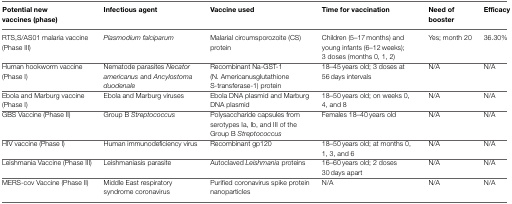
<table><thead><tr><td><b>Potential new vaccines (phase)</b></td><td><b>Infectious agent</b></td><td><b>Vaccine used</b></td><td><b>Time for vaccination</b></td><td><b>Need of booster</b></td><td><b>Efficacy</b></td></tr></thead><tbody><tr><td>RTS, S/AS01 malaria vaccine (Phase III)</td><td><i>Plasmodium falciparum</i></td><td>Malarial circumsporozoite (CS) protein</td><td>Children (5–17 months) and young infants (6–12 weeks); 3 doses (months 0, 1, 2)</td><td>Yes; month 20</td><td>36.30%</td></tr><tr><td>Human hookworm vaccine (Phase I)</td><td>Nematode parasites <i>Necator americanus</i> and <i>Ancylostoma duodenale</i></td><td>Recombinant Na-GST-1 (N. Americanusglutathione S-transferase-1) protein</td><td>18–45 years old; 3 doses at 56 days intervals</td><td>N/A</td><td>N/A</td></tr><tr><td>Ebola and Marburg vaccine (Phase I)</td><td>Ebola and Marburg viruses</td><td>Ebola DNA plasmid and Marburg DNA plasmid</td><td>18–50 years old; on weeks 0, 4, and 8</td><td>N/A</td><td>N/A</td></tr><tr><td>GBS Vaccine (Phase II)</td><td>Group B <i>Streptococcus</i></td><td>Polysaccharide capsules from serotypes Ia, Ib, and III of the Group B <i>Streptococcus</i></td><td>Females 18–40 years old</td><td>N/A</td><td>N/A</td></tr><tr><td>HIV vaccine (Phase I)</td><td>Human immunodeficiency virus</td><td>Recombinant gp120</td><td>18–50 years old; at months 0, 1, 3, and 6</td><td>N/A</td><td>N/A</td></tr><tr><td>Leishmania Vaccine (Phase III)</td><td>Leishmaniasis parasite</td><td>Autoclaved <i>Leishmania</i> proteins</td><td>16–60 years old; 2 doses 30 days apart</td><td>N/A</td><td>N/A</td></tr><tr><td>MERS-cov Vaccine (Phase II)</td><td>Middle East respiratory syndrome coronavirus</td><td>Purified coronavirus spike protein nanoparticles</td><td>N/A</td><td>N/A</td><td>N/A</td></tr></tbody></table>